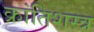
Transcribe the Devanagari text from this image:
क्रांतिशस्त्र